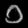
Digit: ၁